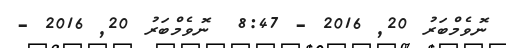
ނޮވެމްބަރު 20